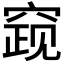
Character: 𰩓